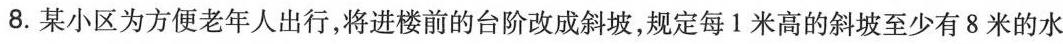
8.某小区为方便老年人出行，将进楼前的台阶改成斜坡，规定每1米高的斜坡至少有8米的水